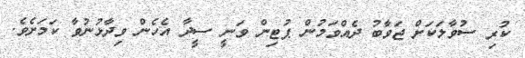
ކުރި ސުވާލަކަށް ޖަވާބު ދެއްވަމުން ޕުޓިން ވަނީ ސީދާ އެހެން ވިދާޅުނުވާ ކަމަށެވެ.